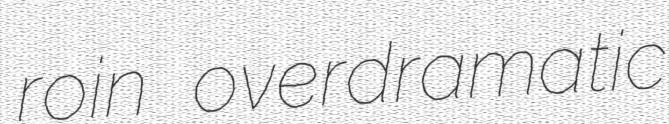
roin overdramatic